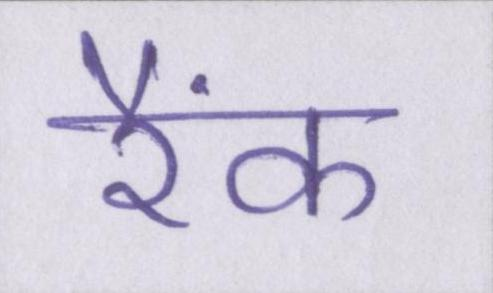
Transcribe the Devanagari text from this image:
रैंक